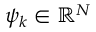
\psi _ { k } \in \mathbb { R } ^ { N }